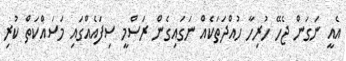
އެއީ ނަގަން ޖެހޭ ހުރިހާ ހުއްދަތަކެއް ނަގައިގެން ރަސްމީ ސިފައެއްގައި މަސައްކަތް ކުރި